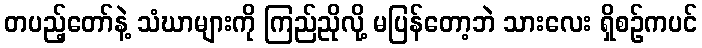
တပည့်တော်နဲ့ သံဃာများကို ကြည်ညိုလို့ မပြန်တော့ဘဲ သားလေး ရှိစဉ်ကပင်